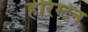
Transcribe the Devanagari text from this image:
हेरिंग्टन